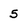
Character: 5